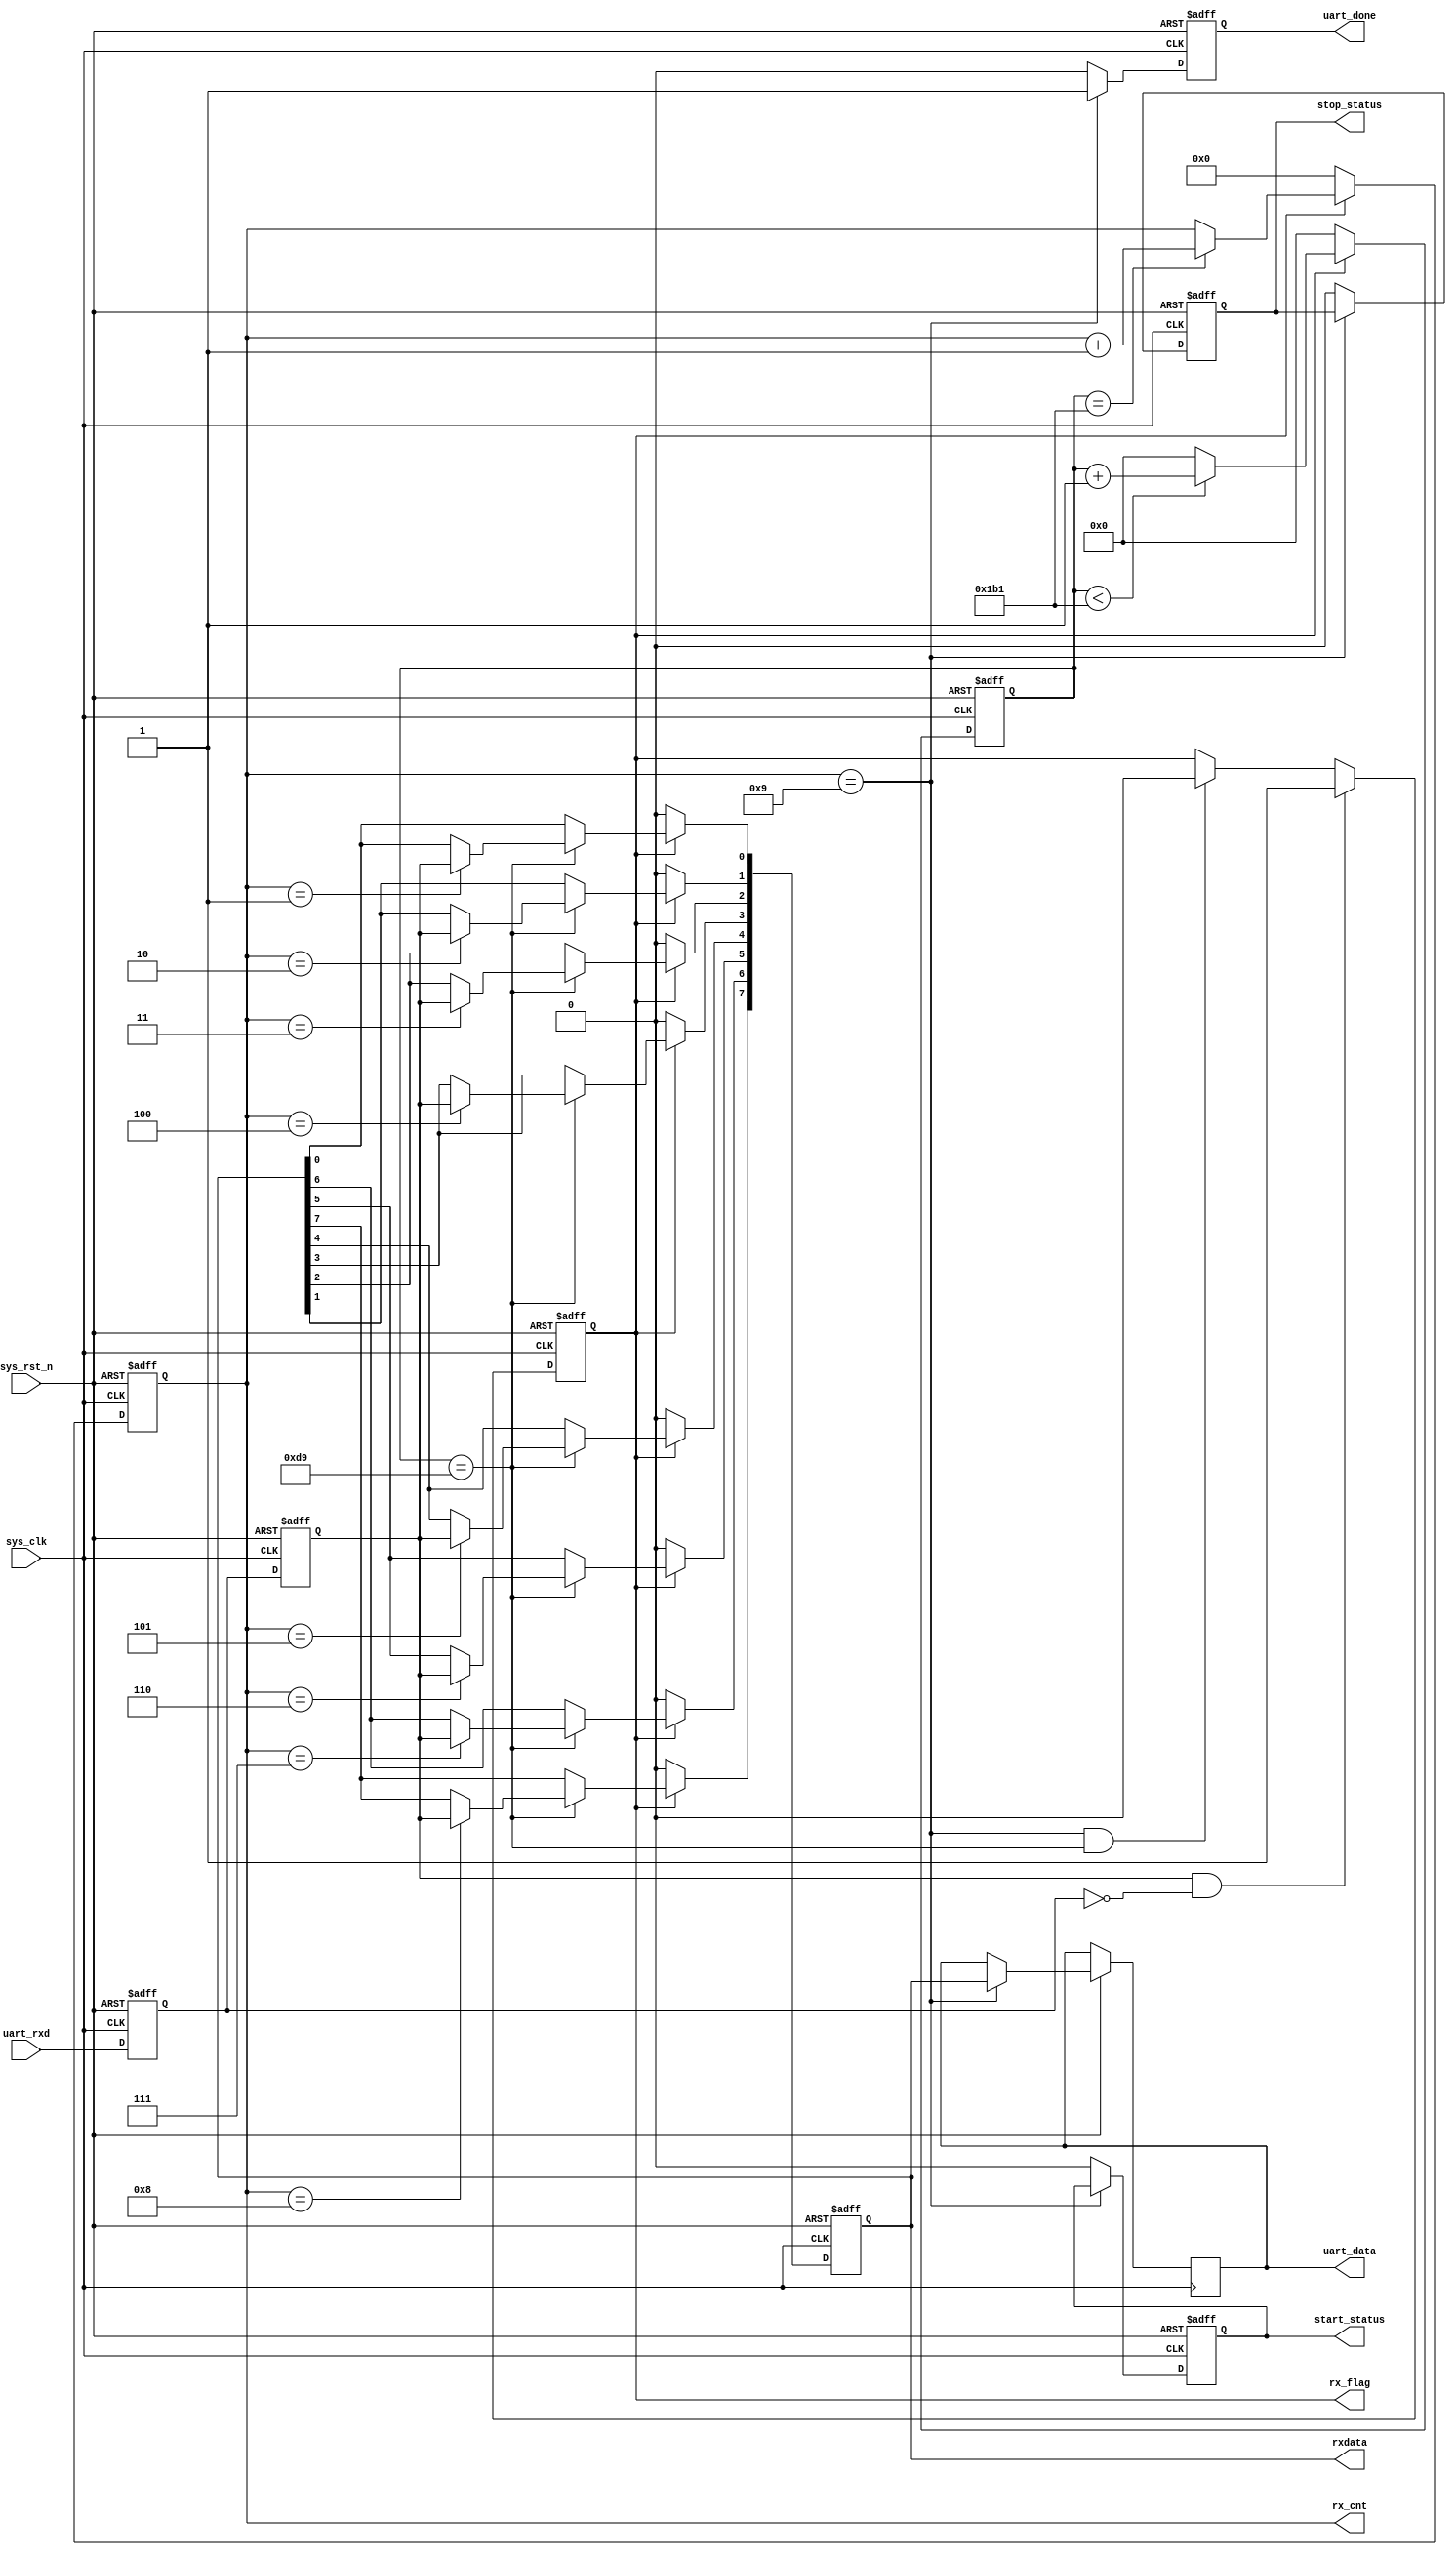
//****************************************Copyright (c)***********************************//                             
//----------------------------------------------------------------------------------------
// File name:           uart_recv
// Last modified Date:  2023/4/27 15:02:00
// Last Version:        V1.1
// Descriptions:        UART
//----------------------------------------------------------------------------------------
// Created by:          
// Created date:        2023/4/27 15:02:00
// Version:             V1.0
// Descriptions:        The original version
//----------------------------------------------------------------------------------------
//****************************************************************************************//
module uart_recv(
    input			     sys_clk,                  //
    input              sys_rst_n,                //
    
    input              uart_rxd,                 //UART
    output  reg        uart_done,                //
    output  reg        rx_flag,                  //
	output  reg        start_status,             //
	output  reg        stop_status,              //   
    output  reg [ 3:0] rx_cnt,                   //
    output  reg [ 7:0] rxdata,
    output  reg [ 7:0] uart_data                 //
 
    );   
//parameter define
parameter  CLK_FREQ = 50000000;                  //
parameter  UART_BPS = 115200;                      //
localparam  BPS_CNT  = CLK_FREQ/UART_BPS;        //BPS_CNT                                                                                 
//reg define
reg        uart_rxd_d0;
reg        uart_rxd_d1;
reg [15:0] clk_cnt;                              //
//wire define
wire       start_flag;
//*****************************************************
//**                    main code
//*****************************************************
//()
assign  start_flag = uart_rxd_d1 & (~uart_rxd_d0);    
//UART
always @(posedge sys_clk or negedge sys_rst_n) begin 
    if (!sys_rst_n) begin 
        uart_rxd_d0 <= 1'b0;
        uart_rxd_d1 <= 1'b0;          
    end
    else begin
        uart_rxd_d0  <= uart_rxd;                   
        uart_rxd_d1  <= uart_rxd_d0;
    end   
end

//start_flag           
always @(posedge sys_clk or negedge sys_rst_n) begin         
    if (!sys_rst_n)                                  
        rx_flag <= 1'b0;
    else begin
        if(start_flag)                          //
            rx_flag <= 1'b1;                    //rx_flag
        //
        else if((rx_cnt == 4'd9) && (clk_cnt == BPS_CNT/2))begin
            rx_flag <= 1'b0;                    //rx_flag
		  end	
        else
            rx_flag <= rx_flag;
    end
end

//
always @(posedge sys_clk or negedge sys_rst_n) begin         
    if (!sys_rst_n)                             
        clk_cnt <= 16'd0;                                  
    else if ( rx_flag ) begin                   //
        if (clk_cnt < BPS_CNT - 1)
            clk_cnt <= clk_cnt + 1'b1;
        else
            clk_cnt <= 16'd0;               	//
    end
    else                              				
        clk_cnt <= 16'd0;						//
end

//
always @(posedge sys_clk or negedge sys_rst_n) begin         
    if (!sys_rst_n)                             
        rx_cnt  <= 4'd0;
    else if ( rx_flag ) begin                   //
        if (clk_cnt == BPS_CNT - 1)				//
            rx_cnt <= rx_cnt + 1'b1;			//1
        else
            rx_cnt <= rx_cnt;       
    end
	 else
        rx_cnt  <= 4'd0;						//
end

//uart
always @(posedge sys_clk or negedge sys_rst_n) begin 
    if ( !sys_rst_n)  
        rxdata <= 8'd0;                                     
    else if(rx_flag)                            //
        if (clk_cnt == BPS_CNT/2) begin         //
            case ( rx_cnt )
             4'd1 : rxdata[0] <= uart_rxd_d1;   //
             4'd2 : rxdata[1] <= uart_rxd_d1;
             4'd3 : rxdata[2] <= uart_rxd_d1;
             4'd4 : rxdata[3] <= uart_rxd_d1;
             4'd5 : rxdata[4] <= uart_rxd_d1;
             4'd6 : rxdata[5] <= uart_rxd_d1;
             4'd7 : rxdata[6] <= uart_rxd_d1;
             4'd8 : rxdata[7] <= uart_rxd_d1;   //
             default:;                                    
            endcase
        end
        else 
            rxdata <= rxdata;
    else
        rxdata <= 8'd0;
end

//
always @(posedge sys_clk or negedge sys_rst_n) begin        
    if (!sys_rst_n) begin                               
        uart_done <= 1'b0;
		  start_status <= 1'b0;
		  stop_status <= 1'b0;
    end
    else if(rx_cnt == 4'd9) 
        begin
            uart_data <= rxdata;	
            uart_done <= 1'b1;                      //
    end
    else begin                                  
        uart_done <= 1'b0; 
		  start_status <= 1'b0;
		  stop_status <= 1'b0;
    end    
end
endmodule